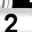
Digit: 2